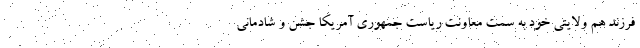
فرزند هم ولایتی خود به سمت معاونت ریاست جمهوری آمریکا جشن و شادمانی